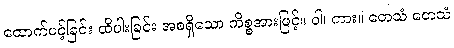
ထောက်ပင့်ခြင်း ထိပါးခြင်း အစရှိသော ကိစ္စအားဖြင့်။ ဝါ၊ ကား။ တေသံ တေသံ